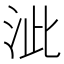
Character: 泚